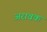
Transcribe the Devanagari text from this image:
अरावक